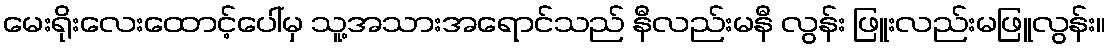
မေးရိုးလေးထောင့်ပေါ်မှ သူ့အသားအရောင်သည် နီလည်းမနီ လွန်း ဖြူးလည်းမဖြူလွန်း။